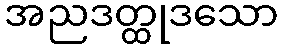
အညဒတ္ထုဒသော